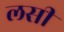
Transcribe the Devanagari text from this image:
लसीं